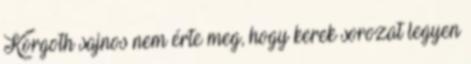
Korgoth sajnos nem érte meg, hogy kerek sorozat legyen